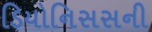
ડિયોનિસસની